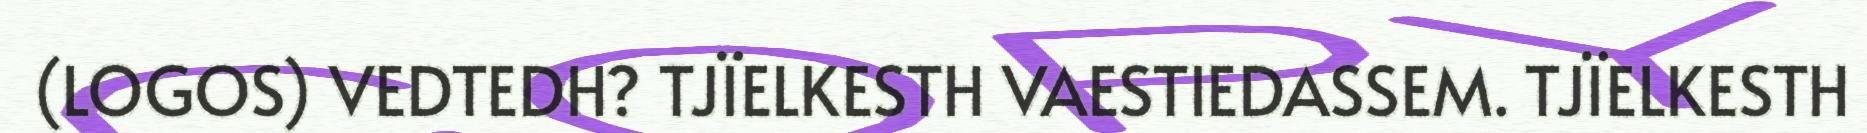
(LOGOS) VEDTEDH? TJÏELKESTH VAESTIEDASSEM. TJÏELKESTH